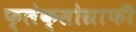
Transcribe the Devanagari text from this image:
फ्लेक्सोग्राफी